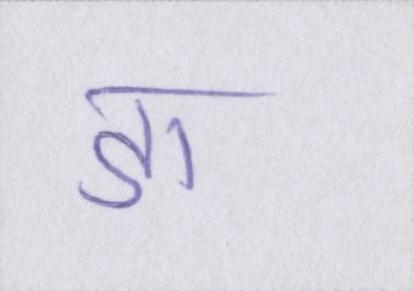
डा